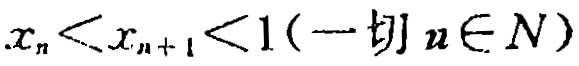
$x_{n}<x_{n + 1}<1(\text{一切}n\in N)$